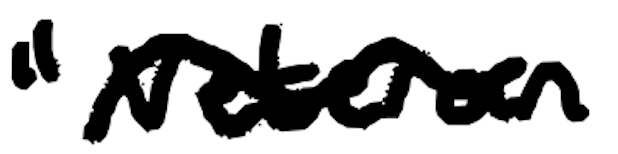
Text: "veteran
Cross-out: wave
Writing tool: digital_black